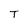
Character: T